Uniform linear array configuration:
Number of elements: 32
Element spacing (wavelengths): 0.75
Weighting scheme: blackman
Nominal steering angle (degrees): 0
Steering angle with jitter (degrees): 0.002745
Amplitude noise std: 0.05
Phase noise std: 0.05

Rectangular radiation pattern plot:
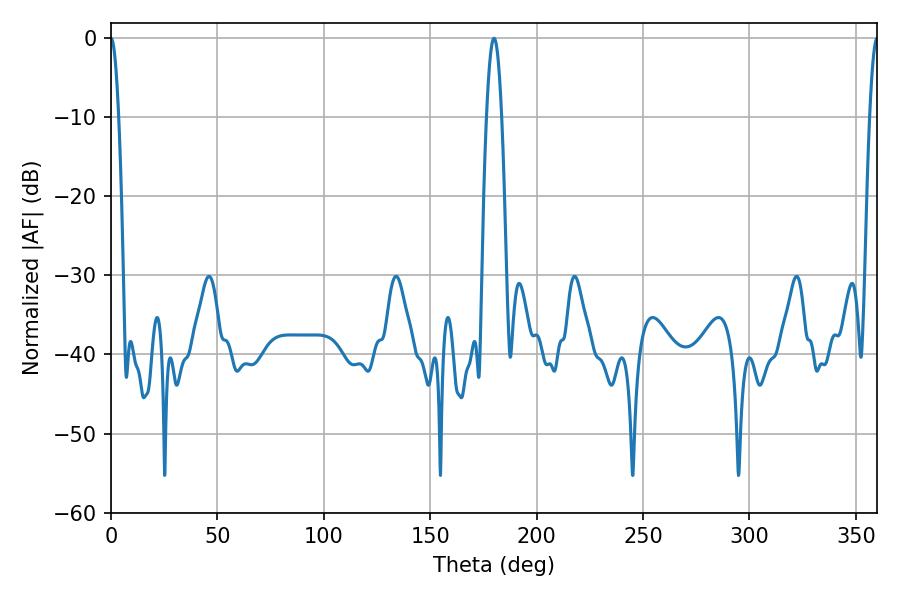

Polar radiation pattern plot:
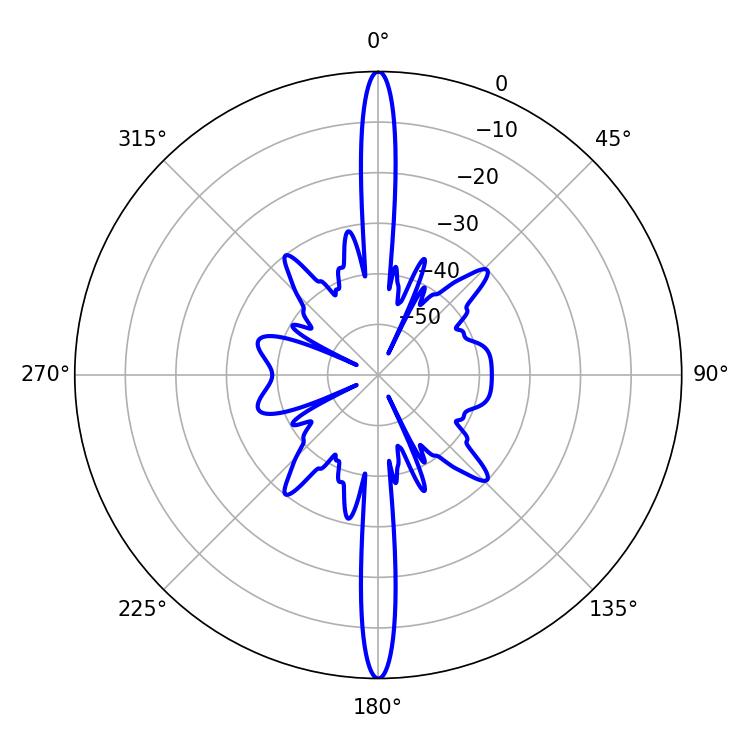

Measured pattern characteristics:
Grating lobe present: TRUE
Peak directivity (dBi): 48.137
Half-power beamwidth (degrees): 1.98
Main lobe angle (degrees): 0